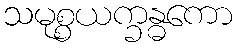
သမုစ္စယက္ခန္ဓကော